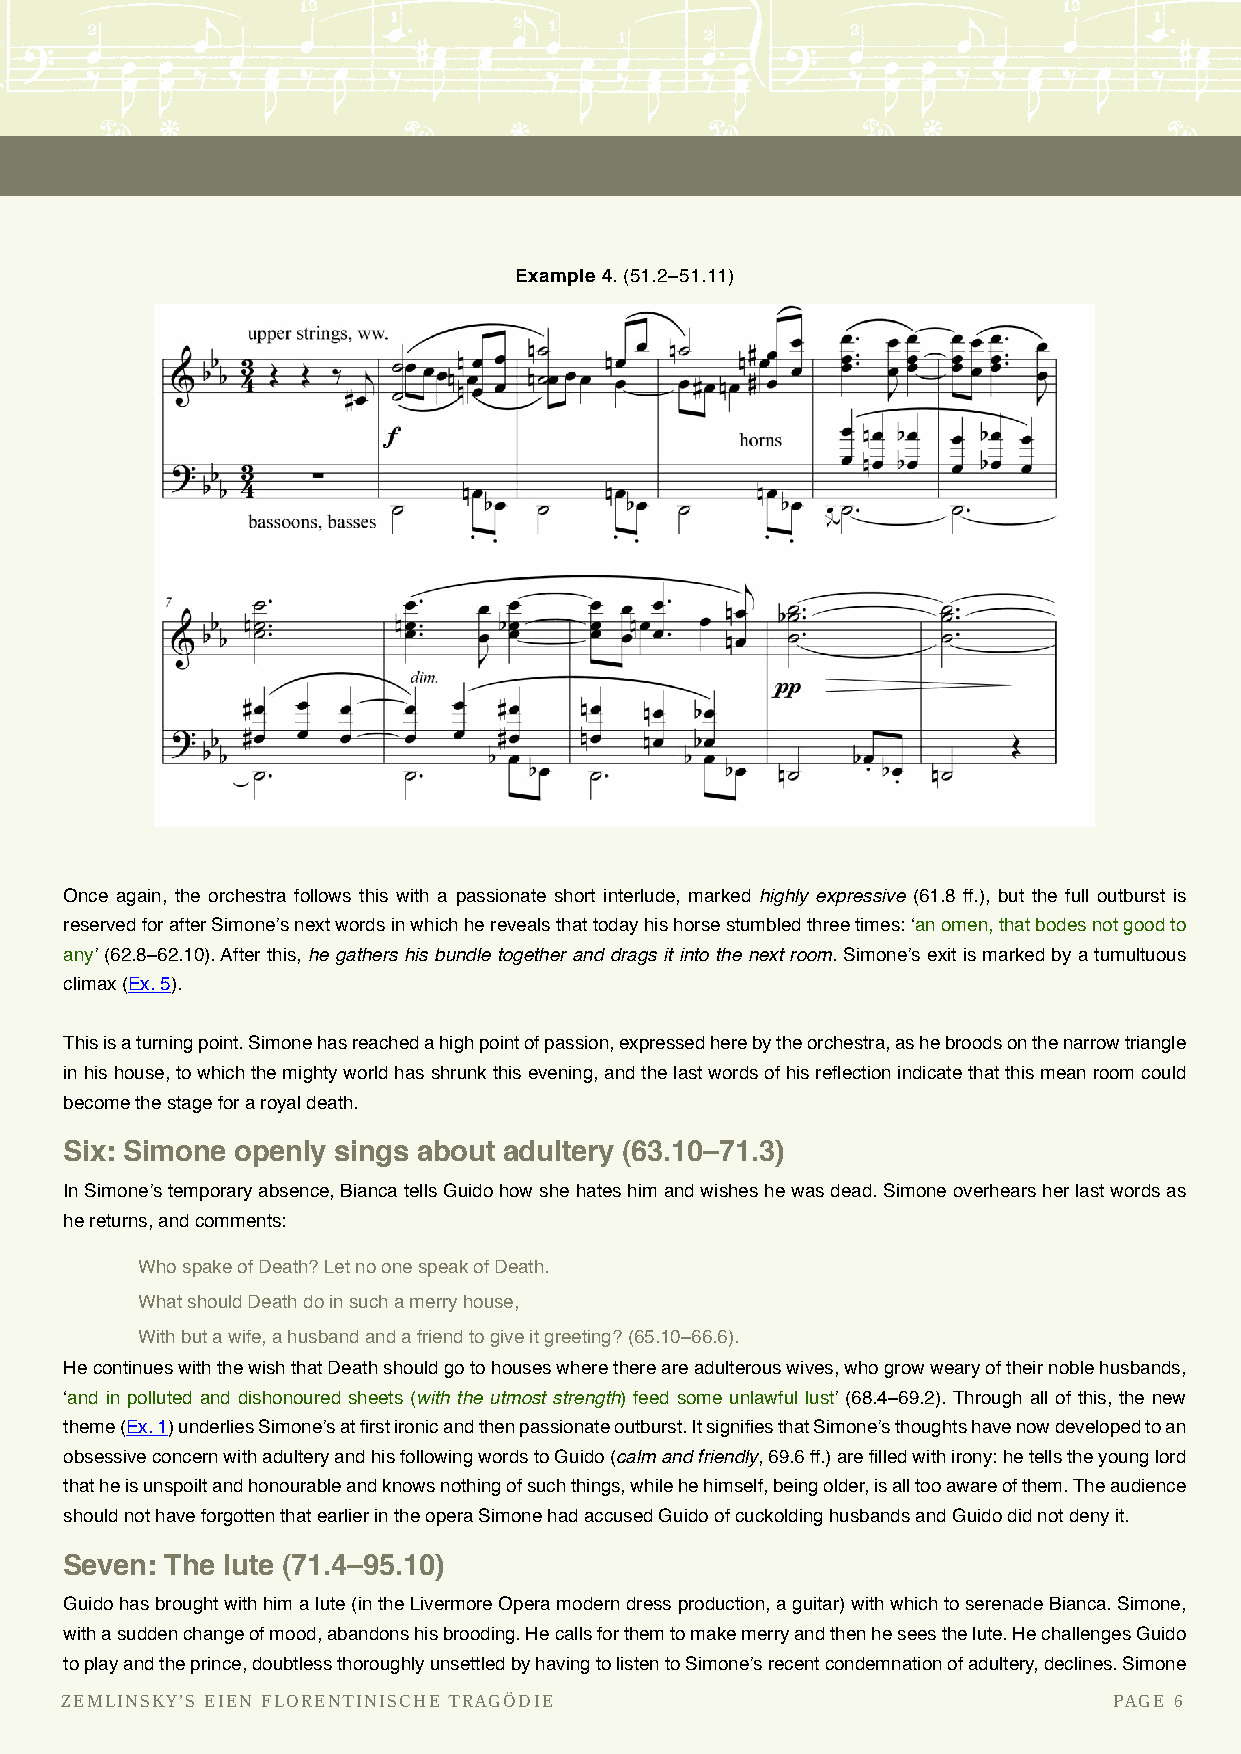
Example 4. (51.2–51.11)
 Once again, the orchestra follows this with a passionate short interlude, marked highly expressive (61.8 ff.), but the full outburst is
 reserved for after Simone’s next words in which he reveals that today his horse stumbled three times: ‘an omen, that bodes not good to
 any’ (62.8–62.10). After this, he gathers his bundle together and drags it into the next room. Simone’s exit is marked by a tumultuous
 climax (Ex. 5).
 This is a turning point. Simone has reached a high point of passion, expressed here by the orchestra, as he broods on the narrow triangle
 in his house, to which the mighty world has shrunk this evening, and the last words of his reflection indicate that this mean room could
 become the stage for a royal death.
 Six: Simone openly sings about adultery (63.10–71.3)
 In Simone’s temporary absence, Bianca tells Guido how she hates him and wishes he was dead. Simone overhears her last words as
 he returns, and comments:
 Who spake of Death? Let no one speak of Death.
 What should Death do in such a merry house,
 With but a wife, a husband and a friend to give it greeting? (65.10–66.6).
 He continues with the wish that Death should go to houses where there are adulterous wives, who grow weary of their noble husbands,
 ‘and in polluted and dishonoured sheets (with the utmost strength) feed some unlawful lust’ (68.4–69.2). Through all of this, the new
 theme (Ex. 1) underlies Simone’s at first ironic and then passionate outburst. It signifies that Simone’s thoughts have now developed to an
 obsessive concern with adultery and his following words to Guido (calm and friendly, 69.6 ff.) are filled with irony: he tells the young lord
 that he is unspoilt and honourable and knows nothing of such things, while he himself, being older, is all too aware of them. The audience
 should not have forgotten that earlier in the opera Simone had accused Guido of cuckolding husbands and Guido did not deny it.
 Seven: The lute (71.4–95.10)
 Guido has brought with him a lute (in the Livermore Opera modern dress production, a guitar) with which to serenade Bianca. Simone,
 with a sudden change of mood, abandons his brooding. He calls for them to make merry and then he sees the lute. He challenges Guido
 to play and the prince, doubtless thoroughly unsettled by having to listen to Simone’s recent condemnation of adultery, declines. Simone
 ZEMLINSKY’S EIEN FLORENTINISCHE TRAGÖDIE                              PAGE 6